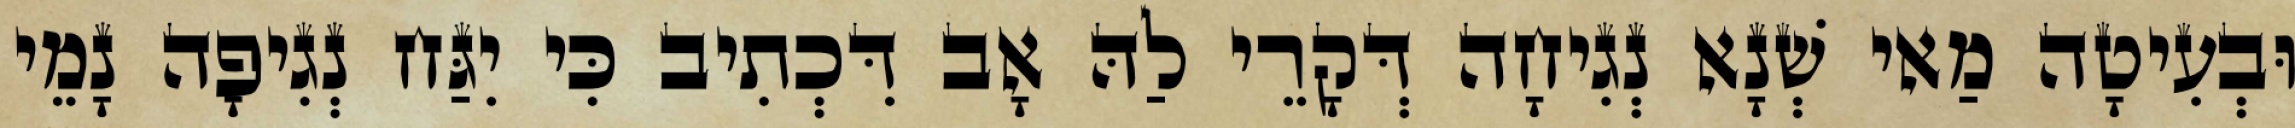
וּבְעִיטָה מַאי שְׁנָא נְגִיחָה דְּקָרֵי לַהּ אָב דִּכְתִיב כִּי יִגַּח נְגִיפָה נָמֵי